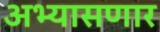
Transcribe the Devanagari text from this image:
अभ्यासणार